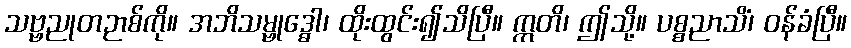
သဗ္ဗညုတဉာစ်ကို။ အဘိသမ္ဗုဒ္ဓေါ၊ ထိုးထွင်း၍သိပြီ။ ဣတိ၊ ဤသို့။ ပစ္စညာသိံ၊ ဝန်ခံပြီ။